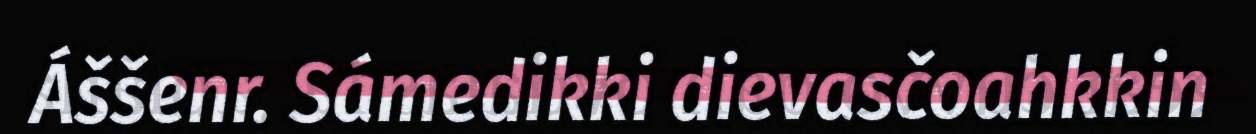
Áššenr. Sámedikki dievasčoahkkin